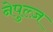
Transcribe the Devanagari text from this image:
नेपुल्ज़